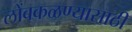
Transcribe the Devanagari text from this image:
लोंबकळण्यासाठी